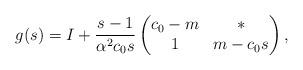
LaTeX: \begin{align*}g(s) = I + \frac{s-1}{\alpha^2 c_0 s}\begin{pmatrix}c_0-m & * \\1 & m-c_0 s\end{pmatrix},\end{align*}